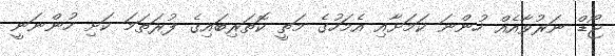
ޖޯޑް ނަރުވާއެއް ހުންނަ ކަމަށާއި އެމަހުގެ މަތީ ކޮތަރިބައިގެ ފުރަތަމަ ކަށި ހުންނަނީ